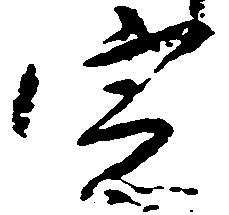
定